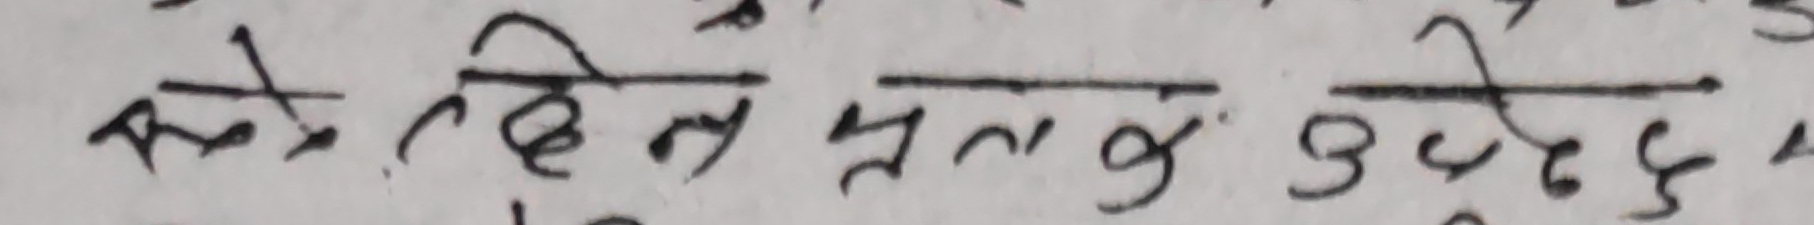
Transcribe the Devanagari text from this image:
कति दिन प्रतिय उद हुन्छ र